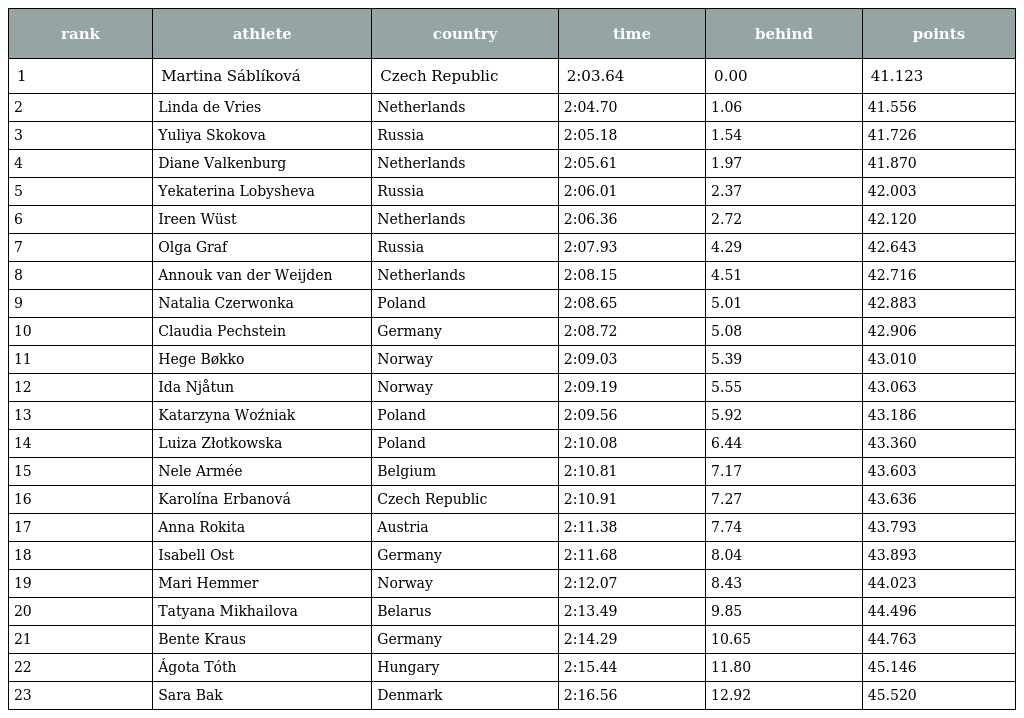
| rank | athlete | country | time | behind | points |
 | --- | --- | --- | --- | --- | --- |
 | 1 | Martina Sáblíková | Czech Republic | 2:03.64 | 0.00 | 41.123 |
 | 2 | Linda de Vries | Netherlands | 2:04.70 | 1.06 | 41.556 |
 | 3 | Yuliya Skokova | Russia | 2:05.18 | 1.54 | 41.726 |
 | 4 | Diane Valkenburg | Netherlands | 2:05.61 | 1.97 | 41.870 |
 | 5 | Yekaterina Lobysheva | Russia | 2:06.01 | 2.37 | 42.003 |
 | 6 | Ireen Wüst | Netherlands | 2:06.36 | 2.72 | 42.120 |
 | 7 | Olga Graf | Russia | 2:07.93 | 4.29 | 42.643 |
 | 8 | Annouk van der Weijden | Netherlands | 2:08.15 | 4.51 | 42.716 |
 | 9 | Natalia Czerwonka | Poland | 2:08.65 | 5.01 | 42.883 |
 | 10 | Claudia Pechstein | Germany | 2:08.72 | 5.08 | 42.906 |
 | 11 | Hege Bøkko | Norway | 2:09.03 | 5.39 | 43.010 |
 | 12 | Ida Njåtun | Norway | 2:09.19 | 5.55 | 43.063 |
 | 13 | Katarzyna Woźniak | Poland | 2:09.56 | 5.92 | 43.186 |
 | 14 | Luiza Złotkowska | Poland | 2:10.08 | 6.44 | 43.360 |
 | 15 | Nele Armée | Belgium | 2:10.81 | 7.17 | 43.603 |
 | 16 | Karolína Erbanová | Czech Republic | 2:10.91 | 7.27 | 43.636 |
 | 17 | Anna Rokita | Austria | 2:11.38 | 7.74 | 43.793 |
 | 18 | Isabell Ost | Germany | 2:11.68 | 8.04 | 43.893 |
 | 19 | Mari Hemmer | Norway | 2:12.07 | 8.43 | 44.023 |
 | 20 | Tatyana Mikhailova | Belarus | 2:13.49 | 9.85 | 44.496 |
 | 21 | Bente Kraus | Germany | 2:14.29 | 10.65 | 44.763 |
 | 22 | Ágota Tóth | Hungary | 2:15.44 | 11.80 | 45.146 |
 | 23 | Sara Bak | Denmark | 2:16.56 | 12.92 | 45.520 |